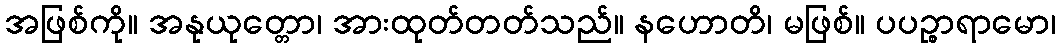
အဖြစ်ကို။ အနုယုတ္တော၊ အားထုတ်တတ်သည်။ နဟောတိ၊ မဖြစ်။ ပပဉ္စာရာမော၊